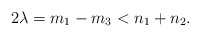
\begin{align*}2\lambda=m_1-m_3< n_1+n_2.\end{align*}